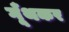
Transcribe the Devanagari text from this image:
गूँथकर